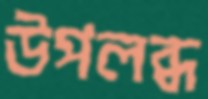
উপলব্ধ